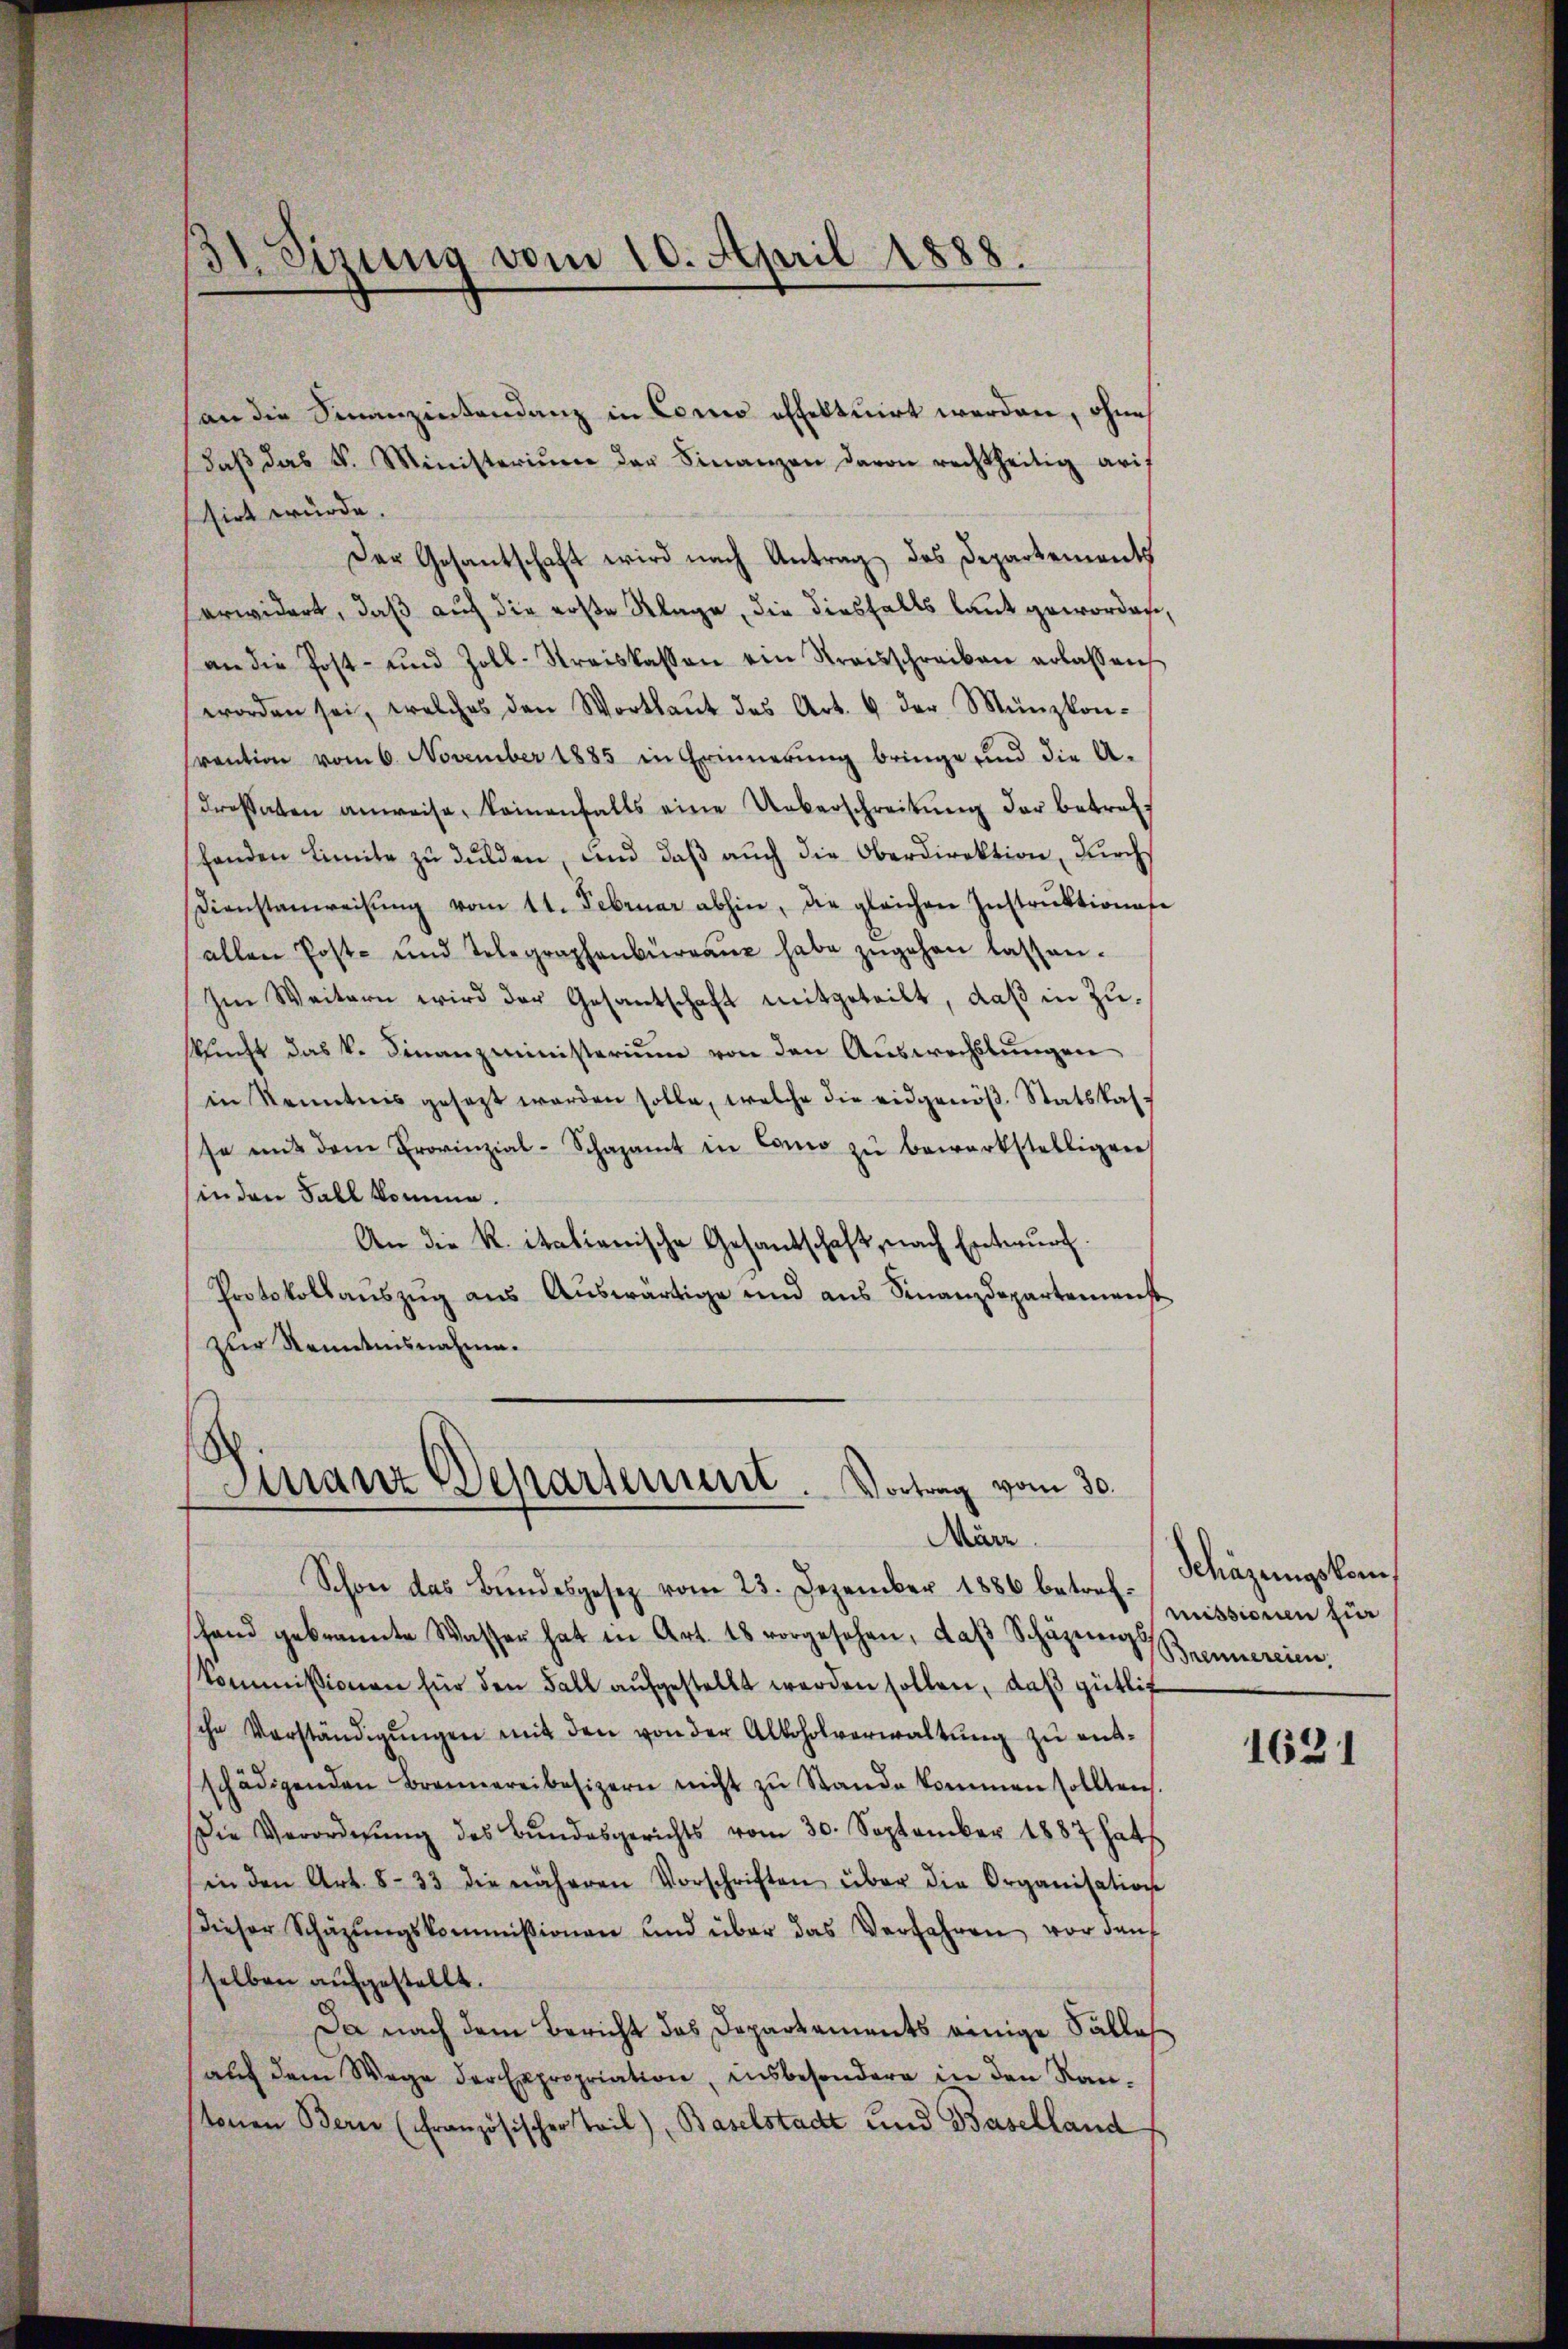
31. Sizung vom 10. April 1888.

(an die Sinanzentendenz in Como effektuirt werden, ohne
daβ das V. Ministerium der Finanzen davon rechtheitig arif
sirt wurde.
Der Gesantschaft wird nach Antrag des Departements
erwidert, daß auch die erste Klage, die diesfalls laut geworden,
an die Post- und Zoll-Kreiskassen ein Streisschreiben erlassen,
worden sei, welches den Wortlaŭt des Art. 6 der Münzkon-
Frantion vom 6. November 1885 in Erinnerung bringe und die A-
drossaten anweise, keinenfalls eine Ueberschreitŭng der betrefshanden Limite zŭ dulden, und daβ aŭch die Oberdirektion, durch
Dienstanweisŭng vom 11. Februar abhin, die gleichen Instrŭktionese
allen Post- und Telegraphenbüreaŭ habe zŭgehen lassen.
Im Weitern wird der Gesantschaft mitgeteilt, daß in Zukŭnft das k. Finanzministerium von den Aŭswechslungen
in Kenntnis gesezt werden solle, welche die eidgenöβ. Statskas-
se mit dem Provinzial-Schazamt in Como zŭ bewerkstelligen
sin den Fall komme.
An die R. italienische Gesandschaft, nach Entwurf.
Protokollaŭszŭg aŭs Aŭswärtige und aŭs Finanzdepartemenst
zur Kenntnisnahme.

Finanz Departement. Vortrag vom 30.
März.

Schon das Bundesgesez vom 23. Dezember 1886 betrefhand gebrannte Wasser hat in Art. 18 vorgesehen, daβ Schäzern Brennereien,
kommissionen für den Fall aufgestellt werden sollen, daß gütlich
sche Verständigŭngen mit den von der Alkoholverwaltŭng zu entschädigenden Brennereibesizern nicht zŭ Stande kommen sollten
Die Verordnŭng des Bŭndesgerichts vom 30. September 1887 hat
sin den Art. 833 die näheren Vorschriften über die Organisation
Dieser Schäzŭngskommissionen und über das Verfahren vor darf
selben aufgestellt.
Da nach dem Bericht das Departements einige Salles
auf dem Wege der Expropriation, insbesondere in den Rautonen Bern (Französischer Teil), Baselstadt und Baselland

Schäzungskommissionen für

1631